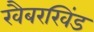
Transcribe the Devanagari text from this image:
खैबरखिंड